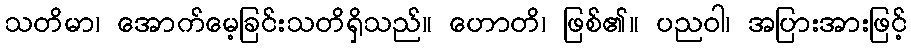
သတိမာ၊ အောက်မေ့ခြင်းသတိရှိသည်။ ဟောတိ၊ ဖြစ်၏။ ပညဝါ၊ အပြားအားဖြင့်